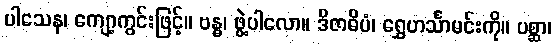
ပါသေန၊ ကျော့ကွင်းဖြင့်။ ဗန္ဓ၊ ဖွဲ့ပါလော။ ဒိဇာဓိပံ၊ ရွှေဟင်္သာမင်းကို။ ပစ္ဆာ၊